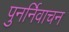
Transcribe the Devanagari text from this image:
पुनर्निवाचन